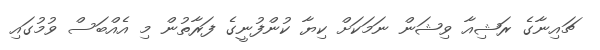
ޗައިނާގެ ރަޝިއާ ވިޝަން ނަމަކަށް ކިޔާ ކުންފުނީގެ ފަރާތުން މި އެއްބަސް ވުމުގައި